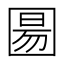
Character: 𫭍